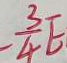
- \frac { 3 } { 4 } E